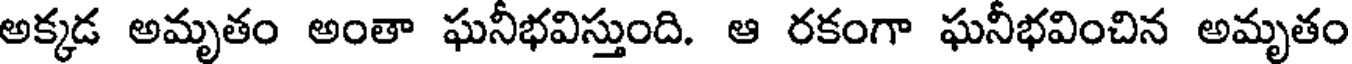
అక్కడ అమృతం అంతా ఘనీభవిస్తుంది. ఆ రకంగా ఘనీభవించిన అమృతం